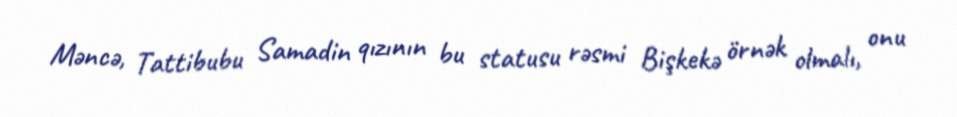
Məncə, Tattibubu Samadin qızının bu statusu rəsmi Bişkekə örnək olmalı, onu